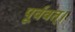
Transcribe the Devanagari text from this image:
पूर्ववत्।